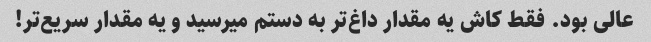
عالی بود. فقط کاش یه مقدار داغ‌تر به دستم میرسید و یه مقدار سریع‌تر!